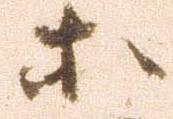
等